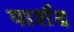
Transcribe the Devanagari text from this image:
पार्शद